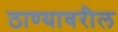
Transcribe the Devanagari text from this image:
ठाण्यावरील